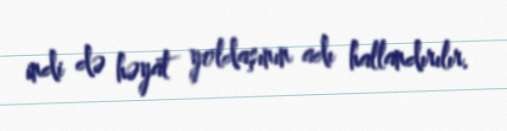
indi də həyat yoldaşının adı hallandırılır.